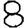
Digit: 8